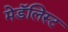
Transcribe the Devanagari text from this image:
मेडॅलिस्ट